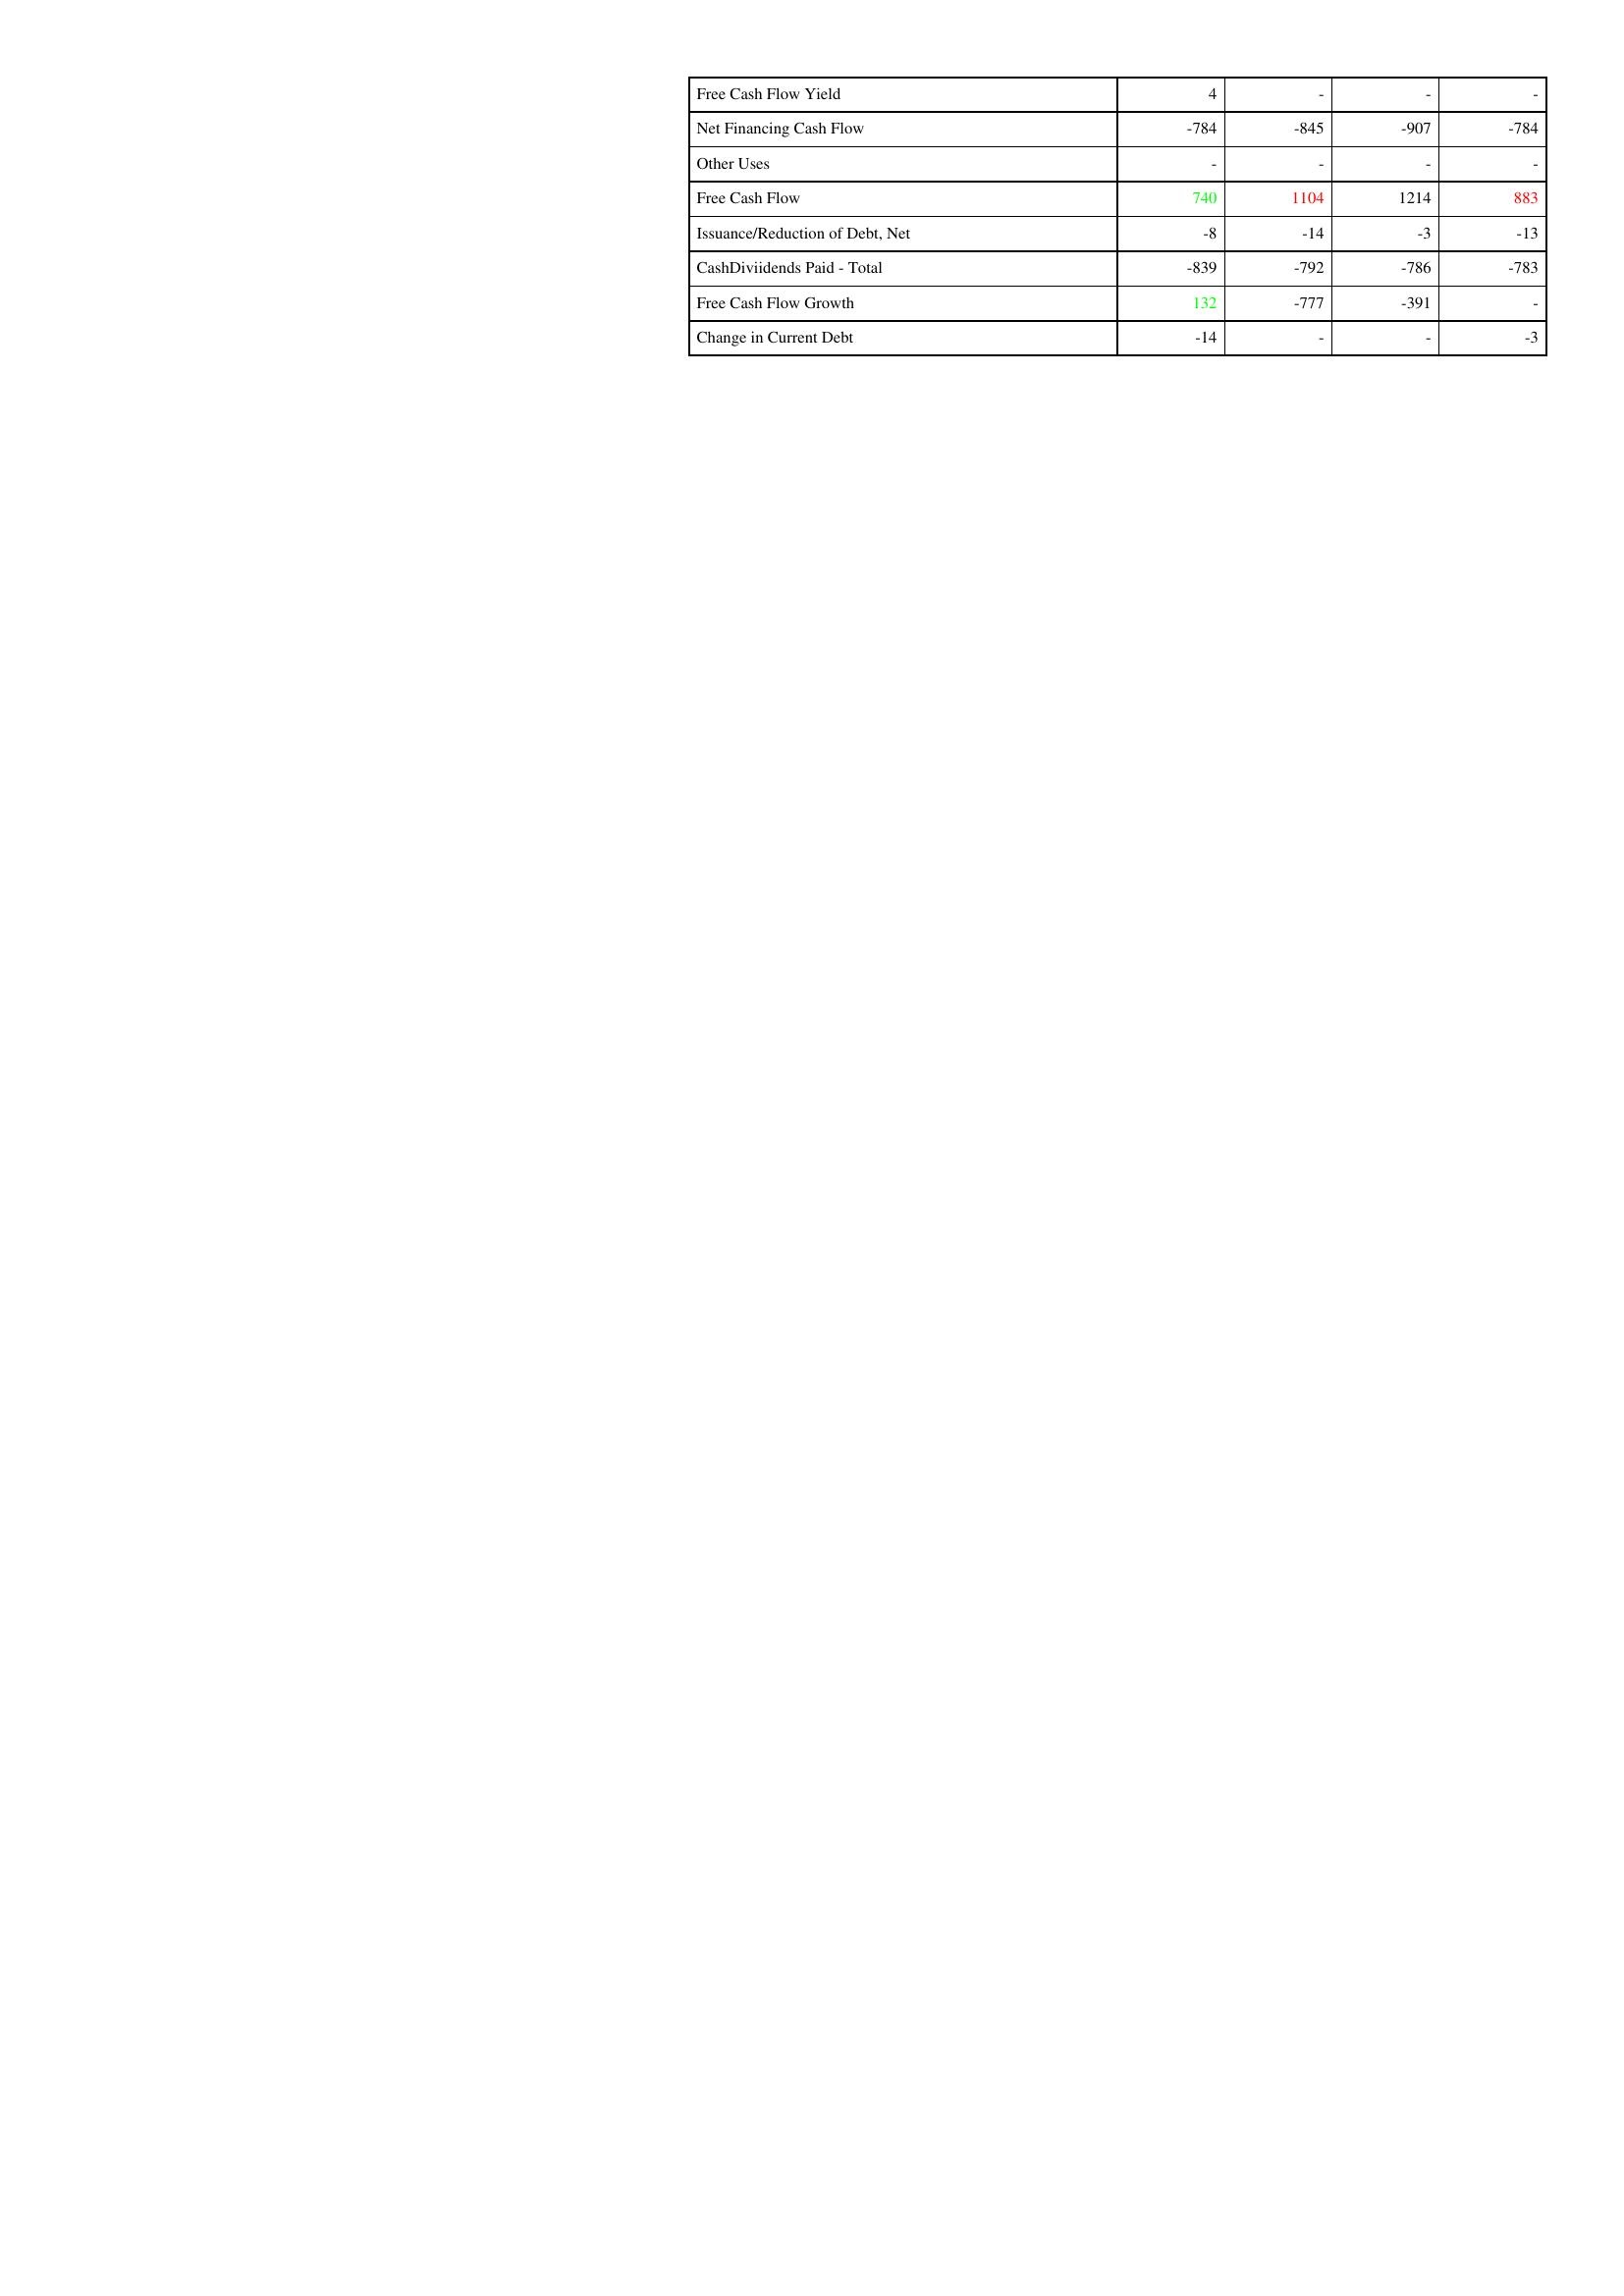
gt_parse: 2019: Financing Activities: Free Cash Flow Yield: 4
Net Financing Cash Flow: -784
Other Uses: -
Free Cash Flow: 740
Issuance/Reduction of Debt, Net: -8
CashDiviidends Paid - Total: -839
Free Cash Flow Growth: 132
Change in Current Debt: -14
2018: Financing Activities: Free Cash Flow Yield: -
Net Financing Cash Flow: -845
Other Uses: -
Free Cash Flow: 1104
Issuance/Reduction of Debt, Net: -14
CashDiviidends Paid - Total: -792
Free Cash Flow Growth: -777
Change in Current Debt: -
2017: Financing Activities: Free Cash Flow Yield: -
Net Financing Cash Flow: -907
Other Uses: -
Free Cash Flow: 1214
Issuance/Reduction of Debt, Net: -3
CashDiviidends Paid - Total: -786
Free Cash Flow Growth: -391
Change in Current Debt: -
2016: Financing Activities: Free Cash Flow Yield: -
Net Financing Cash Flow: -784
Other Uses: -
Free Cash Flow: 883
Issuance/Reduction of Debt, Net: -13
CashDiviidends Paid - Total: -783
Free Cash Flow Growth: -
Change in Current Debt: -3